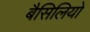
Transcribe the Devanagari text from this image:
बैसिलियो